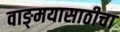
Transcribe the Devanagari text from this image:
वाङ्‌मयासाठीचा